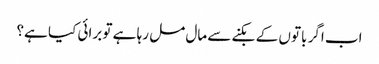
اب اگر باتوں کے بکنے سے مال مل رہا ہے تو برائی کیا ہے؟